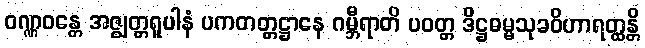
ဝဏ္ဏဝန္တေ အဇ္ဈတ္တရူပါနံ ပကတတ္တဋ္ဌာနေ ဂမ္ဘီရာတိ ပဝတ္တ ဒိဋ္ဌဓမ္မသုခဝိဟာရတ္ထန္တိ